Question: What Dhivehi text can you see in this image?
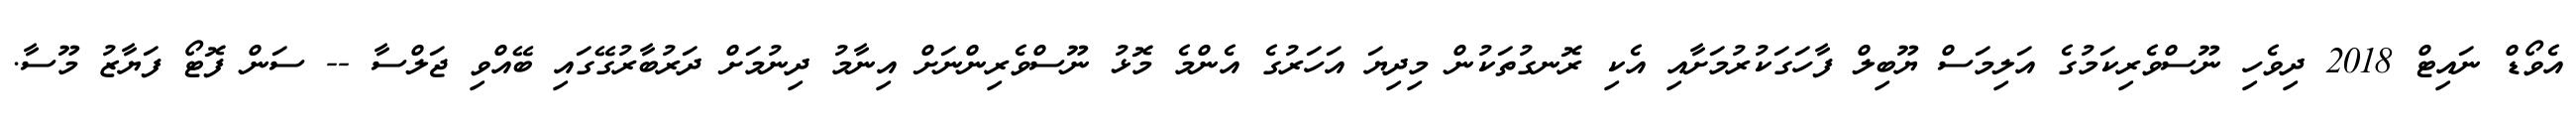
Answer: އެވޯޑް ނައިޓް 2018 ދިވެހި ނޫސްވެރިކަމުގެ އަލިމަސް ޔޫބިލް ފާހަގަކުރުމަށާއި އެކި ރޮނގުތަކުން މިދިޔަ އަހަރުގެ އެންމެ މޮޅު ނޫސްވެރިންނަށް އިނާމު ދިނުމަށް ދަރުބާރުގޭގައި ބޭއްވި ޖަލްސާ -- ސަން ފޮޓޯ ފަޔާޒު މޫސާ.